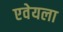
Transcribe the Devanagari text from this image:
एवेयला